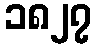
၁၈၂၇